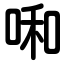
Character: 啝